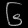
Digit: ၆